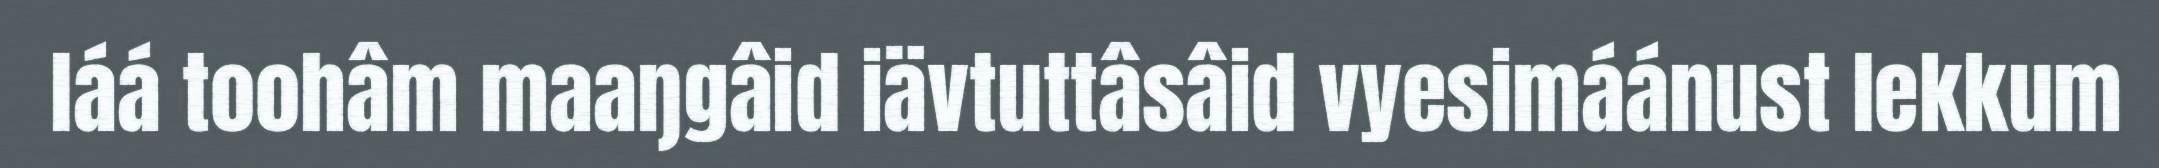
láá toohâm maaŋgâid iävtuttâsâid vyesimáánust lekkum